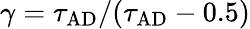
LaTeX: \gamma=\tau_{\mathrm{AD}}/(\tau_{\mathrm{AD}}-0.5)